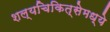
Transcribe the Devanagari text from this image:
शल्यचिकित्सेमध्ये